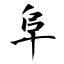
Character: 阜